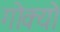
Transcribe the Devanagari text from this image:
गोक्यो